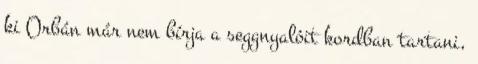
ki Orbán már nem bírja a seggnyalóit kordban tartani,